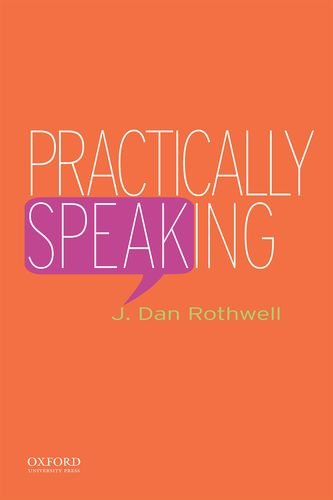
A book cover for Practically Speaking; J. Dan Rothwell; Politics & Social Sciences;